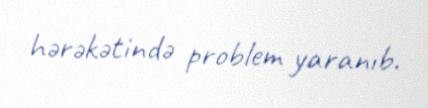
hərəkətində problem yaranıb.